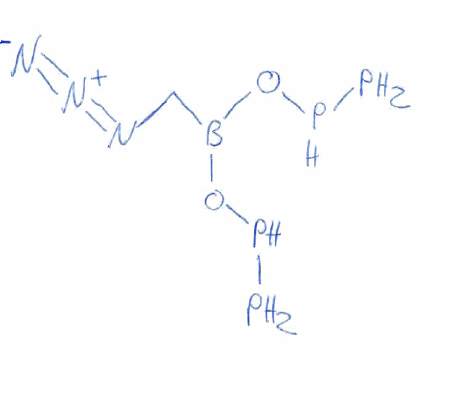
Simplified molecular-input line-entry system (SMILES) notation of the given molecule:
B(CN=[N+]=[N-])(OPP)OPP